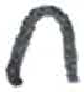
אות: ח